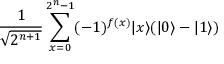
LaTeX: { \frac { 1 } { \sqrt { 2 ^ { n + 1 } } } } \sum _ { x = 0 } ^ { 2 ^ { n } - 1 } ( - 1 ) ^ { f ( x ) } | x \rangle ( | 0 \rangle - | 1 \rangle )